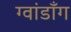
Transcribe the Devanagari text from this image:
ग्वांडॉंग